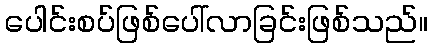
ပေါင်းစပ်ဖြစ်ပေါ်လာခြင်းဖြစ်သည်။